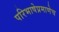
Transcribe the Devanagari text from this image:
परिभाषेप्रमाणेच